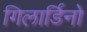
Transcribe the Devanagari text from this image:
गिलार्डिनो